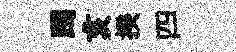
躅亥揆四